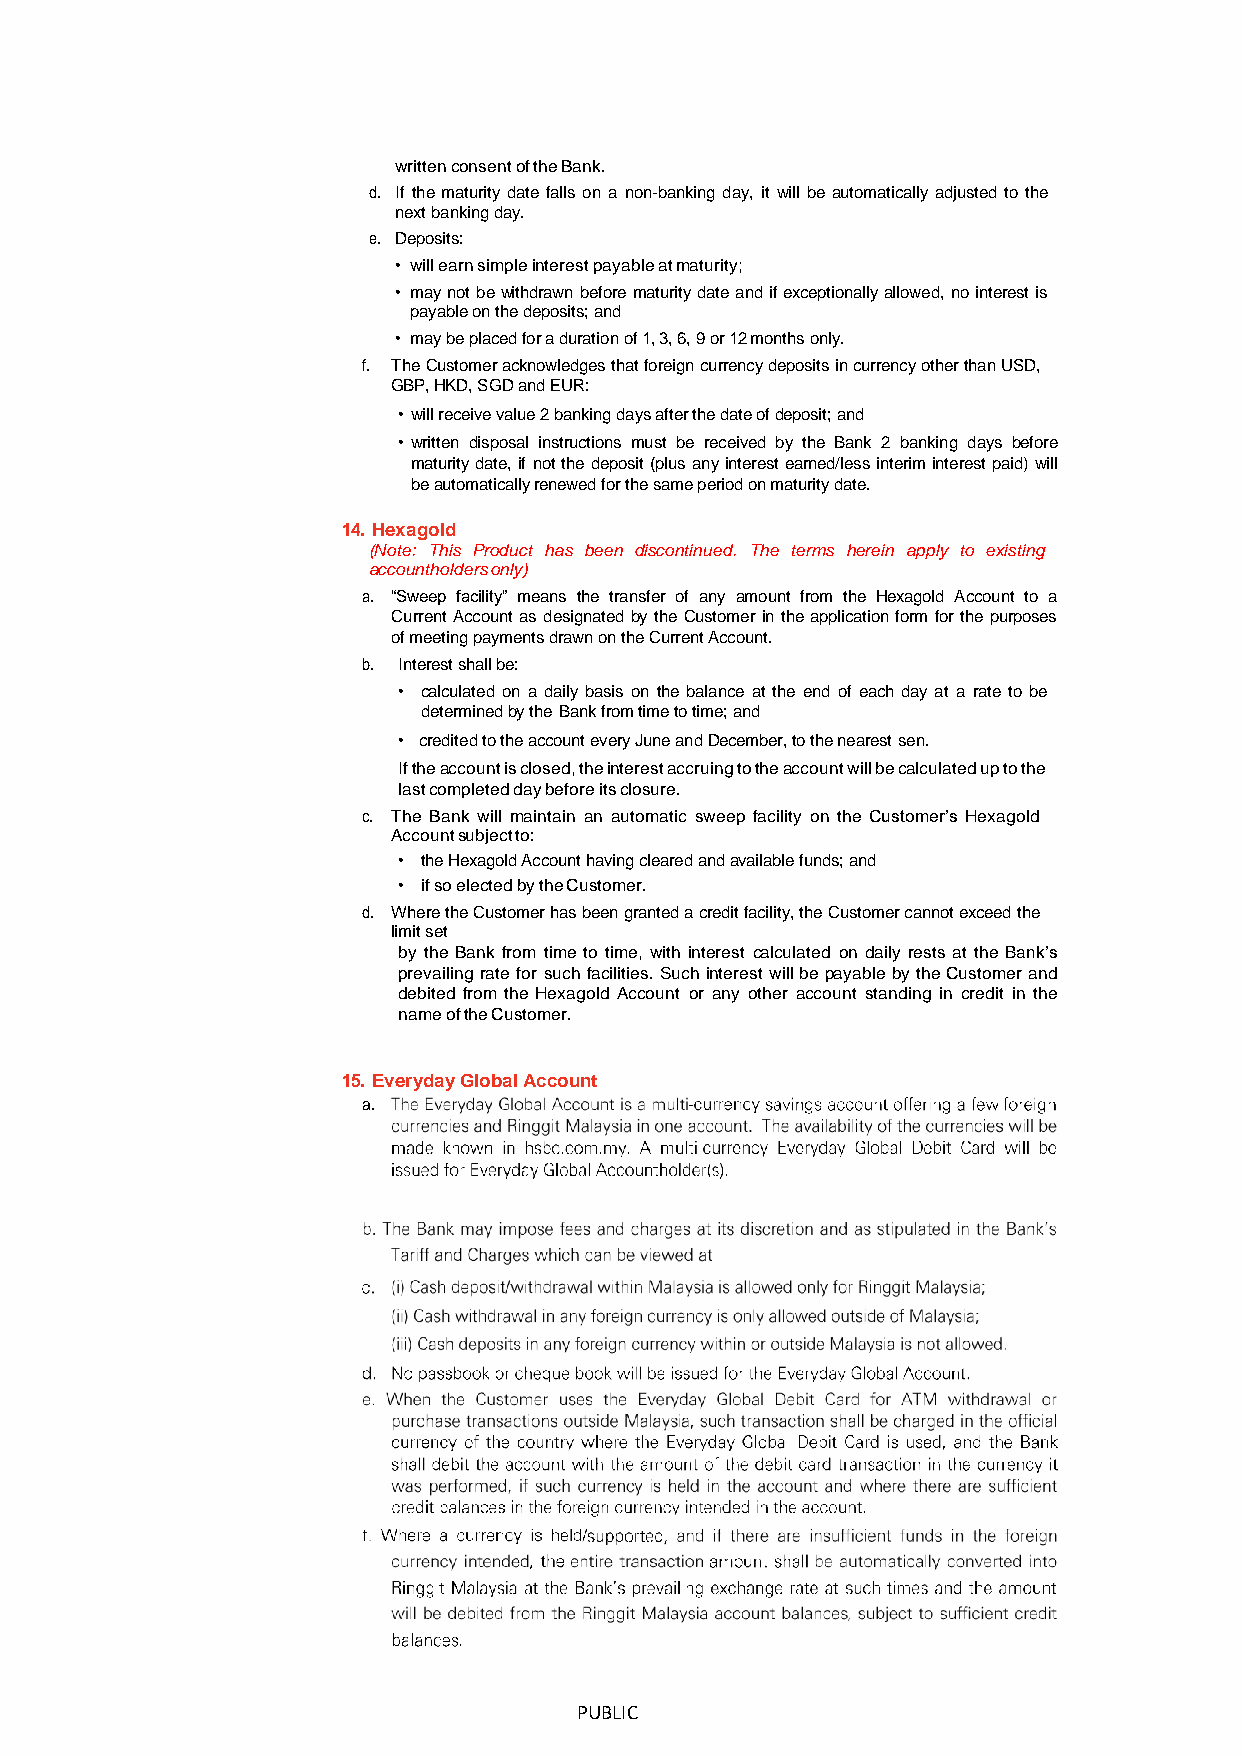
written consent of the Bank.
 d. If the maturity date falls on a non-banking day, it will be automatically adjusted to the
 next banking day.
 e. Deposits:
 • will earn simple interest payable at maturity;
 • may not be withdrawn before maturity date and if exceptionally allowed, no interest is
 payable on the deposits; and
 • may be placed for a duration of 1, 3, 6, 9 or 12 months only.
 f. The Customer acknowledges that foreign currency deposits in currency other than USD,
 GBP, HKD, SGD and EUR:
 • will receive value 2 banking days after the date of deposit; and
 • written disposal instructions must be received by the Bank 2 banking days before
 maturity date, if not the deposit (plus any interest earned/less interim interest paid) will
 be automatically renewed for the same period on maturity date.
 14. Hexagold
 (Note: This Product has been discontinued. The terms herein apply to existing
 accountholders only)
 a. “Sweep facility” means the transfer of any amount from the Hexagold Account to a
 Current Account as designated by the Customer in the application form for the purposes
 of meeting payments drawn on the Current Account.
 b. Interest shall be:
 • calculated on a daily basis on the balance at the end of each day at a rate to be
 determined by the Bank from time to time; and
 • credited to the account every June and December, to the nearest sen.
 If the account is closed, the interest accruing to the account will be calculated up to the
 last completed day before its closure.
 c. The Bank will maintain an automatic sweep facility on the Customer’s Hexagold
 Account subject to:
 • the Hexagold Account having cleared and available funds; and
 • if so elected by the Customer.
 d. Where the Customer has been granted a credit facility, the Customer cannot exceed the
 limit set
 by the Bank from time to time, with interest calculated on daily rests at the Bank’s
 prevailing rate for such facilities. Such interest will be payable by the Customer and
 debited from the Hexagold Account or any other account standing in credit in the
 name of the Customer.
 15. Everyday Global Account
 a.
 PUBLIC